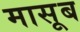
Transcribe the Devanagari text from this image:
मासूब